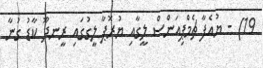
19) - ޔުއެފާ ޗެމްޕިއަންސް ލީގާއި ޔުރޮޕާ ލީގުގައި ރީނދޫ ކާޑު ގުނާ